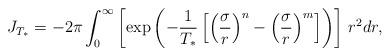
LaTeX: \begin{align*}J_{T_{*}} = - 2 \pi \int_{0}^{\infty} \left[ \exp \left( - \frac{1}{T_{*}} \left[ \left( \frac{\sigma}{r} \right)^{n} - \left( \frac{\sigma}{r} \right)^{m} \right] \right) \right] \, r^{2} dr,\end{align*}